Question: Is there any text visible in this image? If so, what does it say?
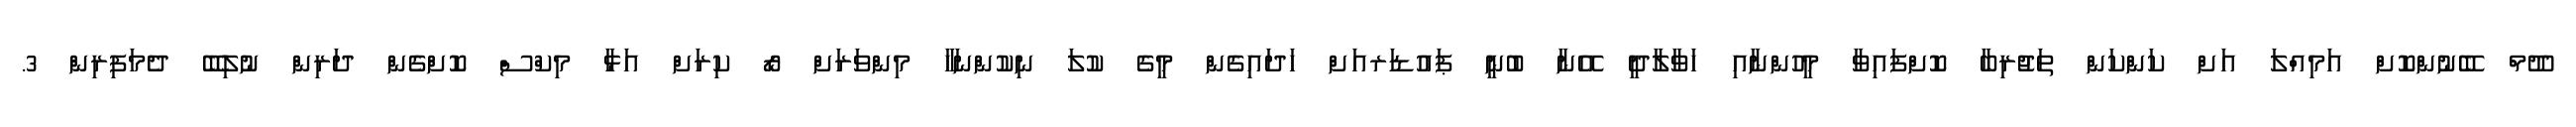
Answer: ދޫމް ބޭނުންކޮށް އަމިއްލަ އަށް ކަންކަން ތަޖުރިބާ ކޮށްފައިވާ މީހުންނާއި ހަވާލާދީ އޭނާ ބުނީ ޕައުޑަރއަށް ހަދައިގެން މީގެ ކުލަ ނިކުންނަހާ މިންވަރަށް ރޯ ކިރަށް އަޅާ މިކްސް ކޮށްގެން ދަރިން ނުލިބޭ ދެމަފިރިން 3.